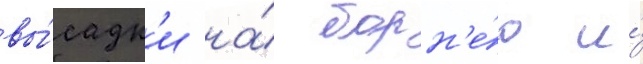
вы́садк'и на́ борн'е́о и́